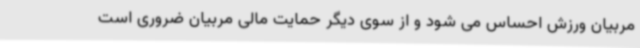
مربیان ورزش احساس می شود و از سوی دیگر حمایت مالی مربیان ضروری است